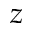
z